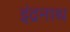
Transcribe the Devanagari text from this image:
इंद्रनाथ